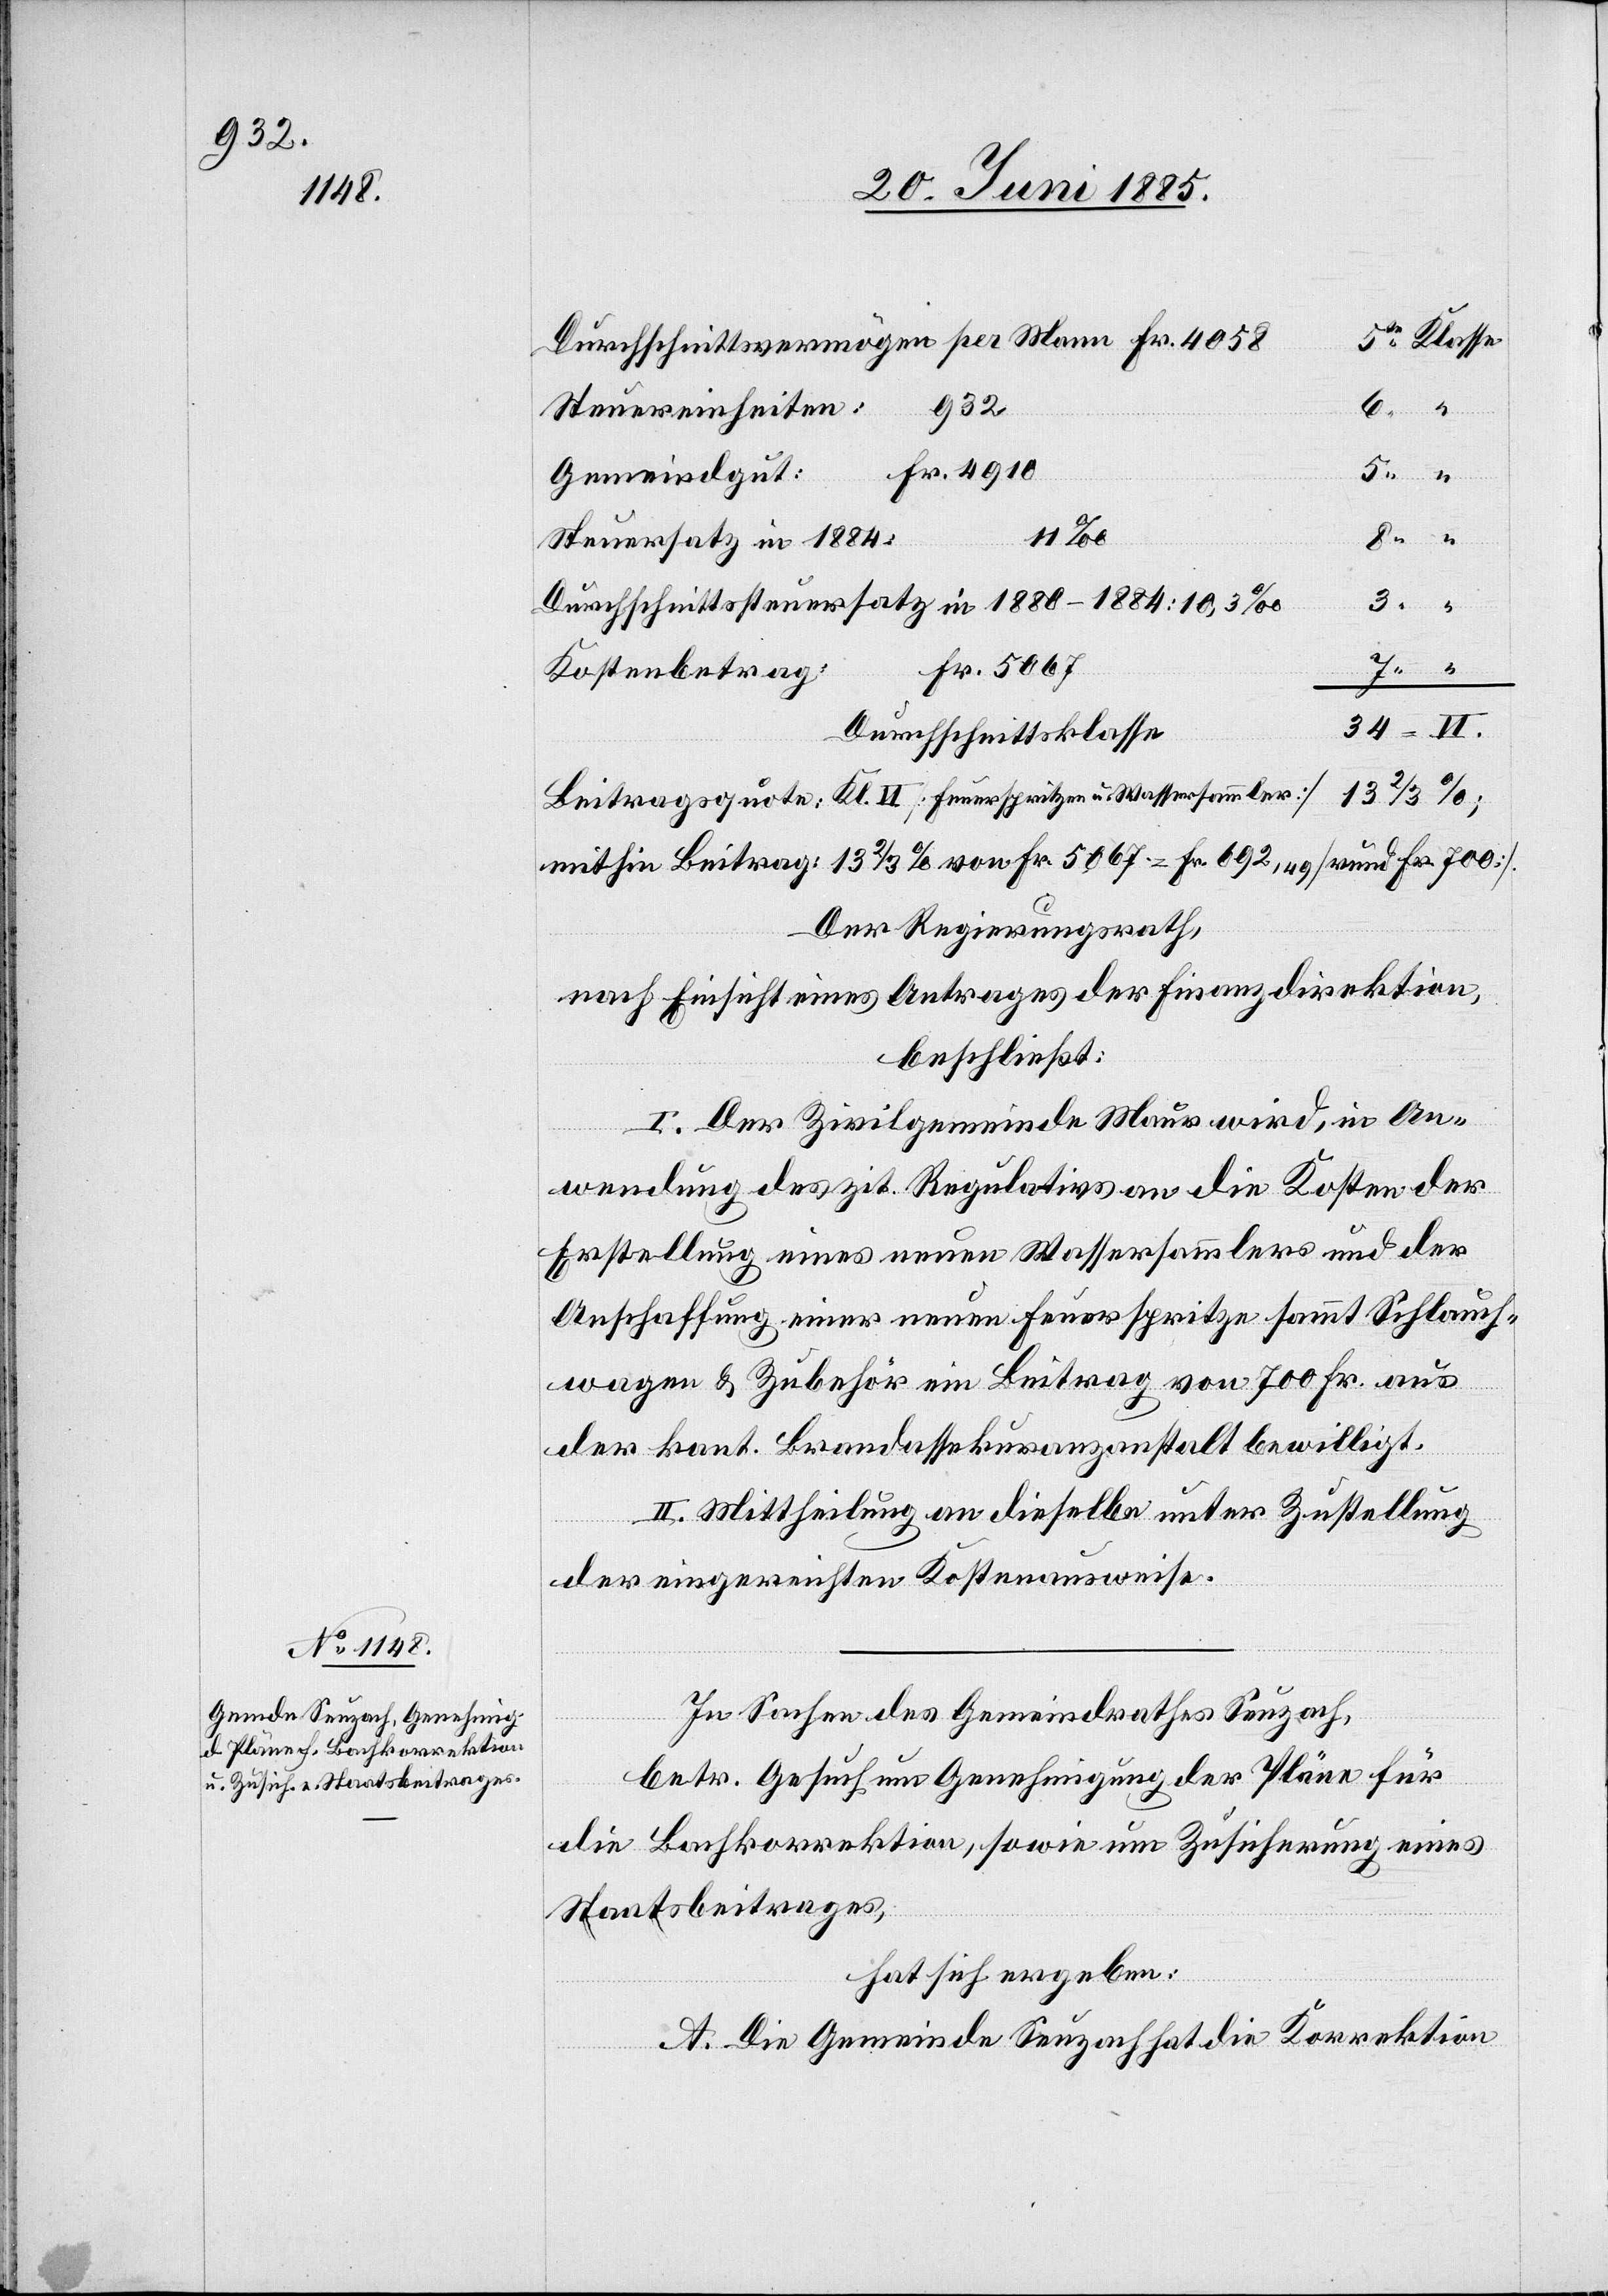
Klasse
Durchschnittsvermögen per Mann Fr. 4058
932
Steuereinheiten:
Fr. 4910
5
te
Gemeindgut:
34
VI.
Steuersatz in 1884:
Durchschnittssteuersatz in 1880–1884: 10,3‰
Durchschnittsklasse
Beitragsquote: Kl. VI [Feuerspritze u. Wassersammler] 13 2/3%;
mithin Beitrag: 13 2/3% von Fr. 5067 = Fr. 692 49 [rund Fr. 700].
Der Regierungsrath,
nach Einsicht eines Antrages der Finanzdirektion,
beschließt:
I. Der Zivilgemeinde Maur wird, in An¬
wendung des zit. Regulativs an die Kosten der
Erstellung eines neuen Wassersammlers und der
Anschaffung einer neuen Feuerspritze sammt Schlauch¬
wagen & Zubehör ein Beitrag von 700 Fr. aus
der kant. Brandassekuranzanstalt bewilligt.
II. Mittheilung an dieselbe unter Zustellung
der eingereichten Kostenausweise.
In Sachen des Gemeindrathes Seuzach,
betr. Gesuch um Genehmigung der Pläne für
die Bachkorrektion, sowie um Zusicherung eines
Staatsbeitrages,
hat sich ergeben:
A. Die Gemeinde Seuzach hat die Korrektion